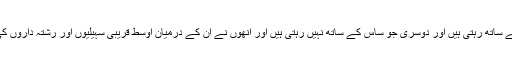
ایک جو اپنی ساس کے ساتھ رہتی ہیں اور دوسری جو ساس کے ساتھ نہیں رہتی ہیں اور انھوں نے ان کے درمیان اوسط قریبی سہیلیوں اور رشتہ داروں کی تعداد کا موازنہ کیا۔